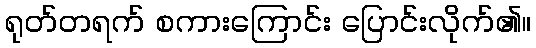
ရုတ်တရက် စကားကြောင်း ပြောင်းလိုက်၏။